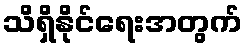
သိရှိနိုင်ရေးအတွက်